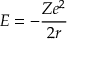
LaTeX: E = - { \frac { Z e ^ { 2 } } { 2 r } }